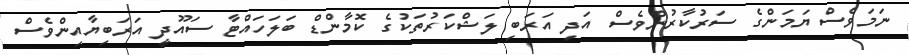
ނަމަވެސް ޔަމަންގެ ސަރުކާރުންވެސް އަދި އަރަބި ލަޝްކަރުތަކުގެ ކޮމާންޑް ބަލަހައްޓާ ސައޫދީ އަރަބިޔާއިންވެސް